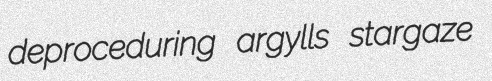
deproceduring argylls stargaze